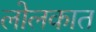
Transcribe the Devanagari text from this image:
लोलकात